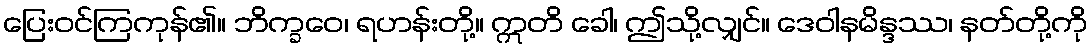
ပြေးဝင်ကြကုန်၏။ ဘိက္ခဝေ၊ ရဟန်းတို့။ ဣတိ ခေါ၊ ဤသို့လျှင်။ ဒေဝါနမိန္ဒဿ၊ နတ်တို့ကို